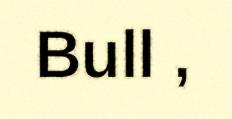
Bull ,